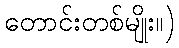
တောင်းတစ်မျိုး။)